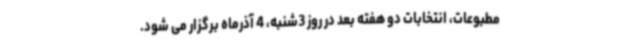
مطبوعات، انتخابات دو هفته بعد در روز 3شنبه، 4 آذرماه برگزار می شود.